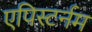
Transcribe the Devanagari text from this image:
एपिस्टर्नम